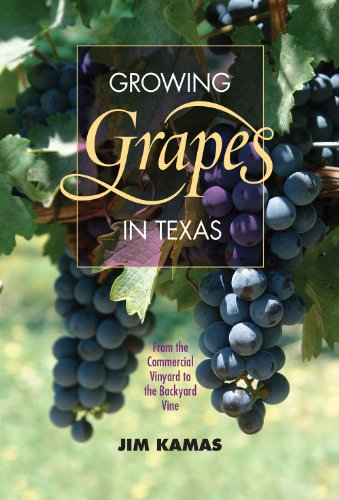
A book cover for Growing Grapes in Texas: From the Commercial Vineyard to the Backyard Vine (Texas A&M AgriLife Research and Extension Service Series); Jim Kamas; Science & Math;